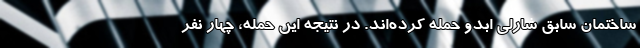
ساختمان سابق شارلی ابدو حمله کرده‌اند. در نتیجه این حمله، چهار نفر